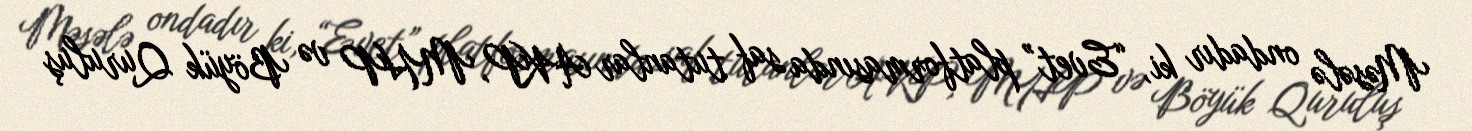
Məsələ ondadır ki, “Evet” platformasında saf tutanlar AKP, MHP və Böyük Quruluş